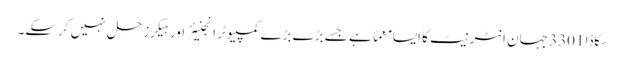
سِکاڈا 3301 جہان انٹرنیٹ کا ایسا معمّا ہے جسے بڑے بڑے کمپیوٹر انجنیئر اور ہیکرز حل نہیں کرسکے۔